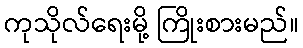
ကုသိုလ်ရေးမို့ ကြိုးစားမည်။